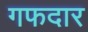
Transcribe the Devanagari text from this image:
गफदार